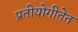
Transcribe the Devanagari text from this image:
प्रतीयोगीतेत